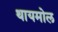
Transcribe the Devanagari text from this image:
थायमोल